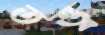
তত্ত্ব